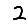
Digit: 2